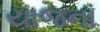
યાજના